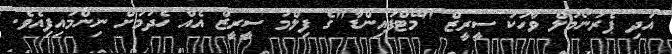
އަދި ޕެރަނޯމަލް ވާހަކަ ސީރީޒް "މޭޓްފައިންޑާ"ގެ ފިލްމު ސީރީޒް އެއް ހެދުމަށް ނިންމައިފިއެވެ.